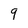
Character: 9